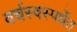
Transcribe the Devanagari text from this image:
वर्चस्वस्पर्धेत